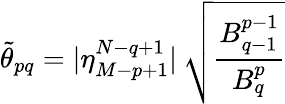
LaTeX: \tilde{\theta}_{pq}=|\eta_{M-p+1}^{N-q+1}|\: \sqrt{\frac{B_{q-1}^{p-1}}{B_{q}^{p}}}